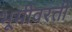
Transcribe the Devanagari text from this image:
भूमीवरती